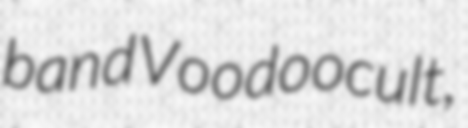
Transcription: band Voodoocult,